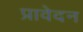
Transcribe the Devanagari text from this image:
प्रावेदन